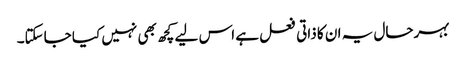
بہرحال یہ ان کا ذاتی فعل ہے اس لیے کچھ بھی نہیں کیا جاسکتا۔